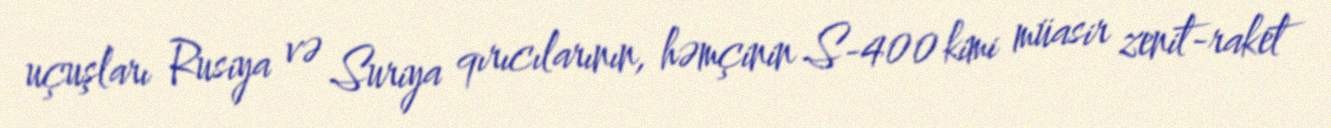
uçuşları Rusiya və Suriya qırıcılarının, həmçinin S-400 kimi müasir zenit-raket